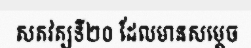
សតវត្សទី២០ ដែលមានសម្តេច